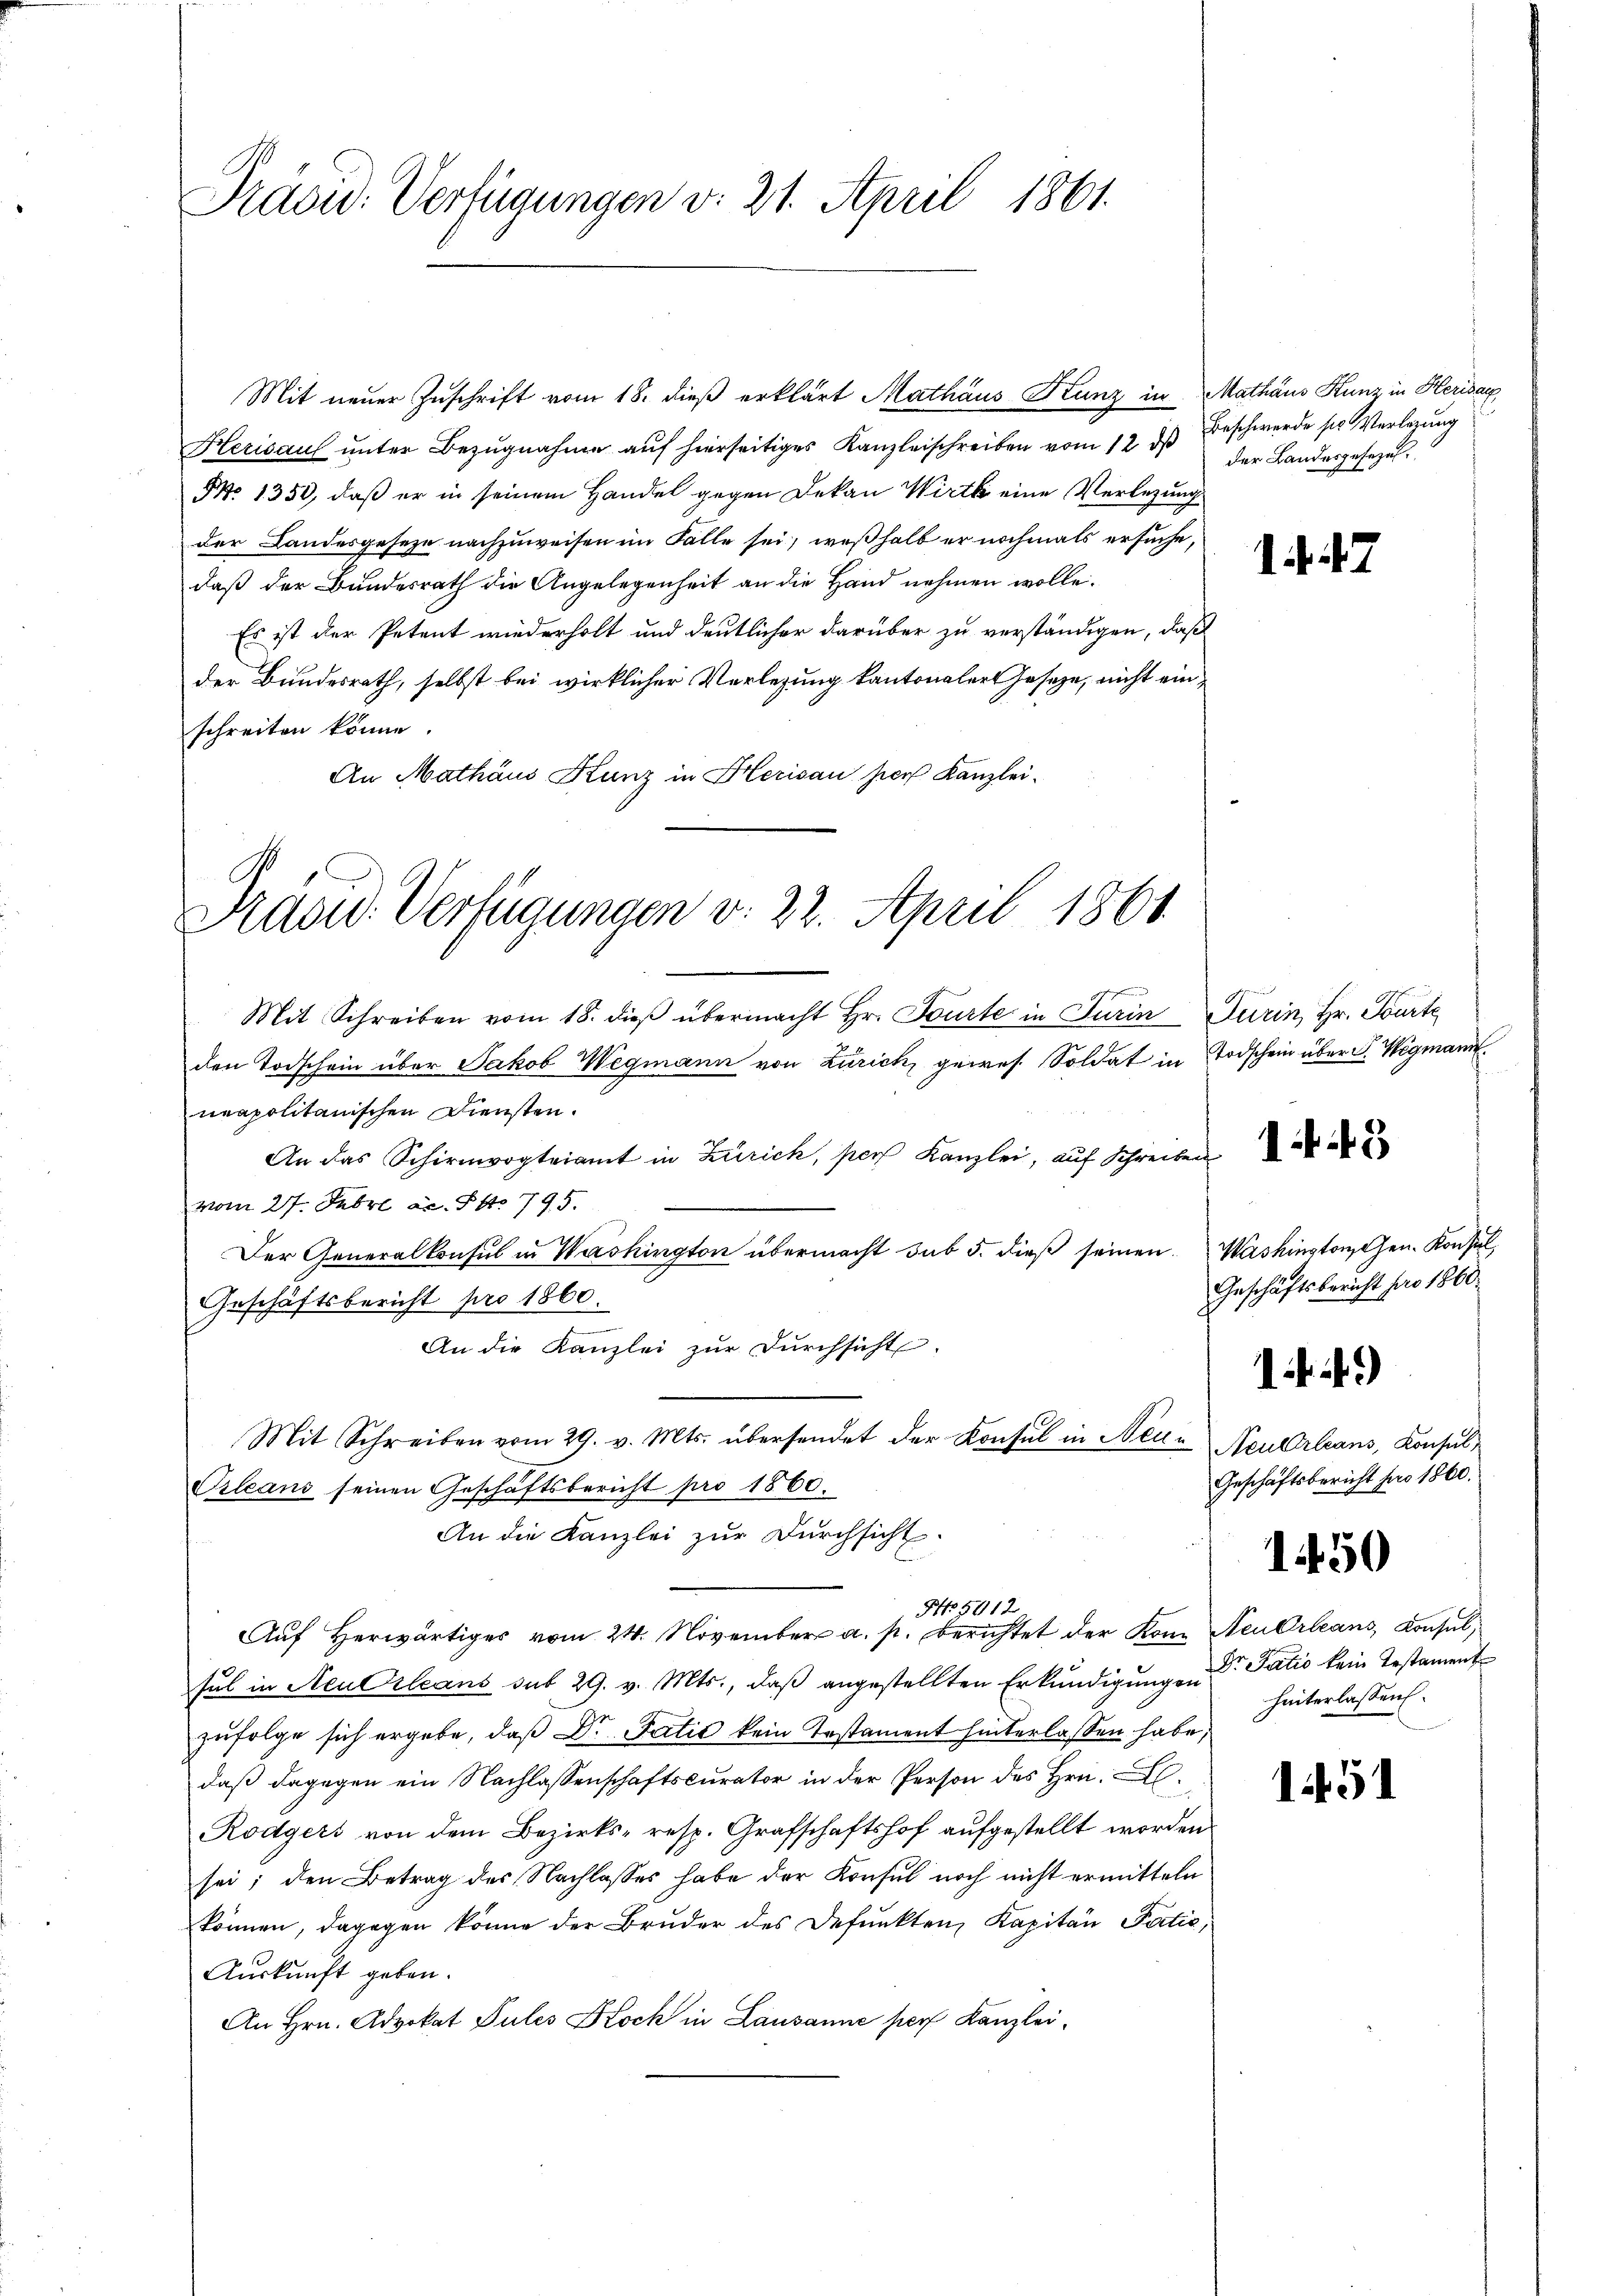
Präsid. Verfügungen v. 21. April 1861.

Herisaul unter Bezugnahme auf hierseitiges Kanzleischreiben vom 12. ds
NNo. 1350, daß er in seinem Handel gegen Dekan Wirth eine Verlegung
der Landesgeseze nachzuweisen im Falle sei, weßhalb er nochmals ersuche,
daß der Bundesrath die Angelegenheit an die Hand nehmen wolle.
Es ist der Petent wiederholt und deutlicher darüber zu verständigen, daß
der Bundesrath, selbst bei wirklicher Vorlegung kantonaler Geseze, nicht einschreiten könne.
An Mathäus Kunz in Herisau per Kanzlei-

Präsid. Verfügungen v. 22. April 1861

Mit neuer Zuschrift vom 18. dieß erklärt Mathäus Kunz in Mathäus Kunz in Herisar

Mit Schreiben vom 18. dieβ übermacht Hr. Fourte in Turin Turin, Hr. Tourte
den Todschein über Jakob Wegmann von Zürich, gewes. Soldat in Todschein über S. Wegmann
neapolitanischen Diensten.
An das Schirmvogteiamt in Zürich, pers Kanzlei, auf Schreiben
vom 27. Febr. ac. S. 795.
Der Generalkonsul in Washington übermacht sub 5. dieß seinen. Washington Gen. Konsul
Geschäftsbericht pro 1860.
An die Kanzlei zur Durchsicht.
Mit Schreiben vom 29. v. Mts. übersendet der Konsul in Neue Neuerleans, Konsul¬
Orleans seinen Geschäftsbericht pro 1860.
An die Kanzlei zur Durchsicht.
NNo. 5012
Aŭf herwärtiges vom 24. November a. p. berichtet der Kon Neuerleans, Konsul
sul in Neu Orleans sub 29. v. Mts., daß angestellten Erkundigungen der Satis kein Testament
zŭfolge sich ergebe, daß Dr Patić kein Testament hinterlassen habe,
daß dagegen ein Nachlassenschaftscurator in der Person des Hrn. L
Rodgers von dem Bezirks- resp. Grafschaftshof aufgestellt worden
sei; den Betrag des Nachlasses habe der Konsul noch nicht ermitteln
können, dagegen könne der Bruder des Defunkten, Kapitän Patie,
Auskunft geben.
An Hrn. Advokat Pules Koch in Lausanne pers Kanzlei¬

Beschwerde sie Verlegung
der Landesgesezes¬

.

Geschäftsbericht pro 1860
)
Geschäftsbericht pro 1860.

450

hinterlassen.

1451